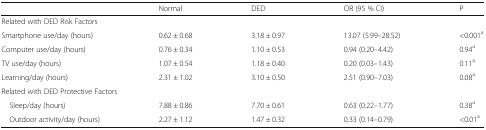
<table><thead><tr><td></td><td><b>Normal</b></td><td><b>DED</b></td><td><b>OR (95 % CI)</b></td><td><b>P</b></td></tr></thead><tbody><tr><td colspan="5">Related with DED Risk Factors</td></tr><tr><td>Smartphone use/day (hours)</td><td>0.62 ± 0.68</td><td>3.18 ± 0.97</td><td>13.07 (5.99–28.52)</td><td>&lt;0.001<sup>a</sup></td></tr><tr><td>Computer use/day (hours)</td><td>0.76 ± 0.34</td><td>1.10 ± 0.53</td><td>0.94 (0.20–4.42)</td><td>0.94<sup>a</sup></td></tr><tr><td>TV use/day (hours)</td><td>1.07 ± 0.54</td><td>1.18 ± 0.40</td><td>0.20 (0.03–1.43)</td><td>0.11<sup>a</sup></td></tr><tr><td>Learning/day (hours)</td><td>2.31 ± 1.02</td><td>3.10 ± 0.50</td><td>2.51 (0.90–7.03)</td><td>0.08<sup>a</sup></td></tr><tr><td colspan="5">Related with DED Protective Factors</td></tr><tr><td> Sleep/day (hours)</td><td>7.88 ± 0.86</td><td>7.70 ± 0.61</td><td>0.63 (0.22–1.77)</td><td>0.38<sup>a</sup></td></tr><tr><td> Outdoor activity/day (hours)</td><td>2.27 ± 1.12</td><td>1.47 ± 0.32</td><td>0.33 (0.14–0.79)</td><td>&lt;0.01<sup>a</sup></td></tr></tbody></table>